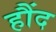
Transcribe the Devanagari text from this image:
हौंद